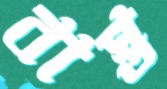
বাস্ত